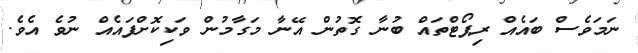
ނަމަވެސް ބައެއް ރިޕޯޓްތައް ބުނާ ގޮތުން އޭނާ މަގާމުން ވަކިކޮށްފައެއް ނުވެ އެވެ.